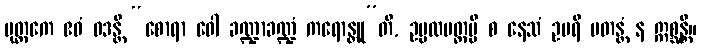
ပုတ္တကေ ဧဝံ ဝဒန္တိ “စောရာ ဝေါ ခဏ္ဍာခဏ္ဍံ ကရောန္တူ”တိ, ဥပ္ပလပတ္တမ္ပိ စ နေသံ ဥပရိ ပတန္တံ န ဣစ္ဆန္တိ။